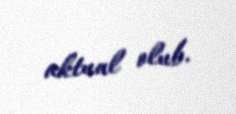
aktual olub.